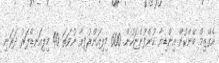
އެގްޒިމް ބޭންކުން އިންޑިޔާ ކުންފުންޏަކުން. 600 މިލިއަންރުފިޔާ ނުވަތަ 40 މިލިއަނޑްލަރު ދަރަނި